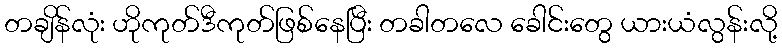
တချိန်လုံး ဟိုကုတ်ဒီကုတ်ဖြစ်နေပြီး တခါတလေ ခေါင်းတွေ ယားယံလွန်းလို့